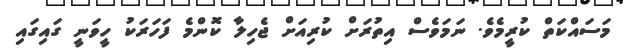
މަސައްކަތް ކުރީމެވެ. ނަމަވެސް އިތުރަށް ކުރިއަށް ޖެހިލާ ކޮންމެ ފަހަރަކު ހީވަނީ ގައިގައި